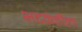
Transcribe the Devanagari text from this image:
भटकंतीला